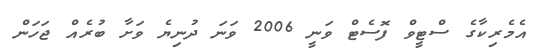
އެމެރިކާގެ ސްޓީވް ފޮސެޓް ވަނީ 2006 ވަނަ ދުނިޔެ ވަށާ ބުރެއް ޖަހަން